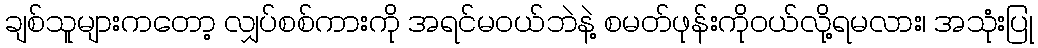
ချစ်သူများကတော့ လျှပ်စစ်ကားကို အရင်မဝယ်ဘဲနဲ့ စမတ်ဖုန်းကိုဝယ်လို့ရမလား၊ အသုံးပြု